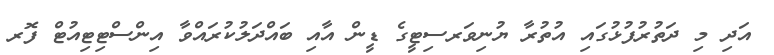
އަދި މި ދަތުރުފުޅުގައި އުތުރާ ޔުނިވަރސިޓީގެ ޑީން އާއި ބައްދަލުކުރައްވާ އިންސްޓިޓިއުޓް ފޮރ